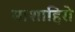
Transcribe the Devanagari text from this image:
माशाहिरो